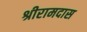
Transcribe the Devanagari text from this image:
श्रीरामदास